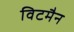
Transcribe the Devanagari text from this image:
विटमैन